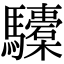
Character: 𩧐